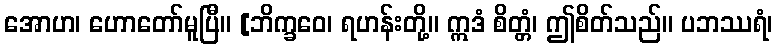
အောဟ၊ ဟောတော်မူပြီ။ [ဘိက္ခဝေ၊ ရဟန်းတို့။ ဣဒံ စိတ္တံ၊ ဤစိတ်သည်။ ပဘဿရံ၊